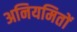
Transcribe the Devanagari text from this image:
अनियमितों